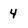
Character: 4